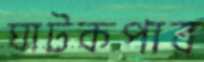
ঘাটকপার